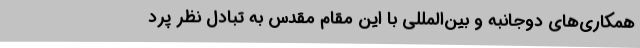
همکاری‌های دوجانبه و بین‌المللی با این مقام مقدس به تبادل نظر پرد